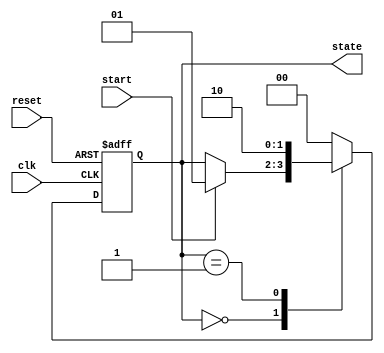
module fsm_example (
    input wire clk,           // Clock signal
    input wire reset,         // Reset signal
    input wire start,         // Start signal to change states
    output reg [1:0] state    // 2-bit state output
);

    // State encoding
    localparam IDLE      = 2'b00;
    localparam ACTIVE    = 2'b01;
    localparam COMPLETE  = 2'b10;

    // Sequential logic using event control
    always @(posedge clk or posedge reset) begin
        if (reset) begin
            // Reset condition - initialize state
            state <= IDLE;
        end else begin
            // State transition logic based on current state and inputs
            case (state)
                IDLE: begin
                    if (start) begin
                        state <= ACTIVE; // Move to ACTIVE state on start signal
                    end
                end
                
                ACTIVE: begin
                    // Perform some operation in ACTIVE state
                    // Transition to COMPLETE state
                    state <= COMPLETE; 
                end
                
                COMPLETE: begin
                    // Go back to IDLE state
                    state <= IDLE;
                end
                
                default: state <= IDLE; // Catch-all
            endcase
        end
    end

endmodule